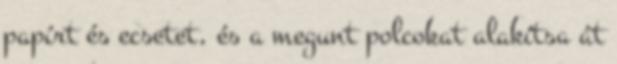
papírt és ecsetet, és a megunt polcokat alakítsa át